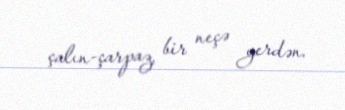
çalın-çarpaz, bir neçə yerdən.